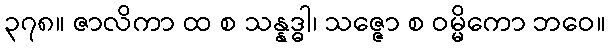
၃၇၈။ ဇာလိကာ ထ စ သန္နဒ္ဓါ၊ သဇ္ဇော စ ဝမ္မိကော ဘဝေ။